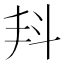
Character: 𣁮